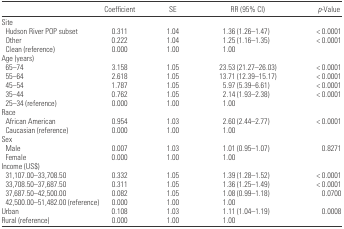
|  | Coefficient | SE | RR (95% CI) | p-Value |
 | --- | --- | --- | --- | --- |
 | <COLSPAN=5> Site |
 | Hudson River POP subset | 0.311 | 1.04 | 1.36 (1.26–1.47) | < 0.0001 |
 | Other | 0.222 | 1.04 | 1.25 (1.16–1.35) | < 0.0001 |
 | Clean (reference) | 0.000 | 1.00 | 1.00 |  |
 | <COLSPAN=5> Age (years) |
 | 65–74 | 3.158 | 1.05 | 23.53 (21.27–26.03) | < 0.0001 |
 | 55–64 | 2.618 | 1.05 | 13.71 (12.39–15.17) | < 0.0001 |
 | 45–54 | 1.787 | 1.05 | 5.97 (5.39–6.61) | < 0.0001 |
 | 35–44 | 0.762 | 1.05 | 2.14 (1.93–2.38) | < 0.0001 |
 | 25–34 (reference) | 0.000 | 1.00 | 1.00 |  |
 | <COLSPAN=5> Race |
 | African American | 0.954 | 1.03 | 2.60 (2.44–2.77) | < 0.0001 |
 | Caucasian (reference) | 0.000 | 1.00 | 1.00 |  |
 | <COLSPAN=5> Sex |
 | Male | 0.007 | 1.03 | 1.01 (0.95–1.07) | 0.8271 |
 | Female | 0.000 | 1.00 | 1.00 |  |
 | <COLSPAN=5> Income (US$) |
 | 31,107.00–33,708.50 | 0.332 | 1.05 | 1.39 (1.28–1.52) | < 0.0001 |
 | 33,708.50–37,687.50 | 0.311 | 1.05 | 1.36 (1.25–1.49) | < 0.0001 |
 | 37,687.50–42,500.00 | 0.082 | 1.05 | 1.08 (0.99–1.18) | 0.0700 |
 | 42,500.00–51,482.00 (reference) | 0.000 | 1.00 | 1.00 |  |
 | Urban | 0.108 | 1.03 | 1.11 (1.04–1.19) | 0.0008 |
 | Rural (reference) | 0.000 | 1.00 | 1.00 |  |